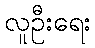
လူဦးရေး